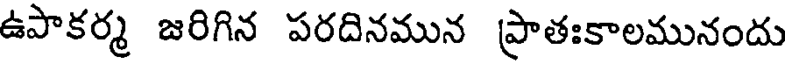
ఉపాకర్మ జరిగిన పరదినమున ప్రాతఃకాలమునందు